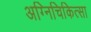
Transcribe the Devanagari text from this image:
अग्निचिकित्सा